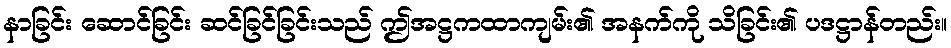
နာခြင်း ဆောင်ခြင်း ဆင်ခြင်ခြင်းသည် ဤအဋ္ဌကထာကျမ်း၏ အနက်ကို သိခြင်း၏ ပဒဋ္ဌာန်တည်း။